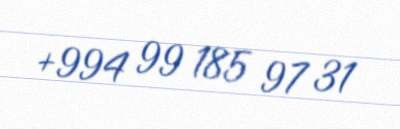
+994 99 185 97 31